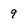
Character: 9